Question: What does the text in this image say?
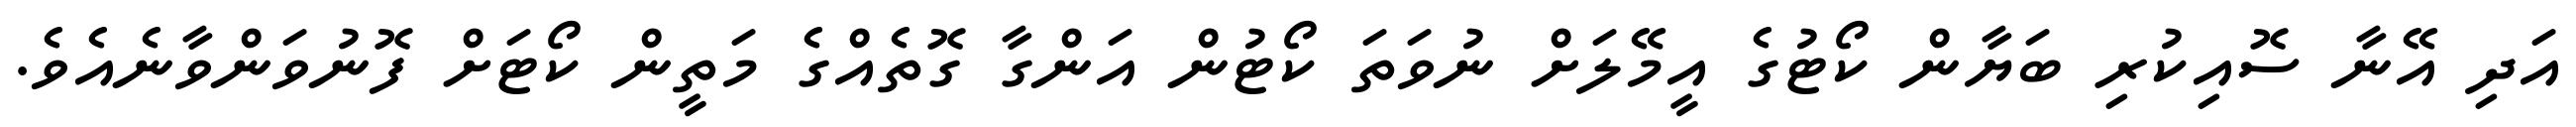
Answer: އަދި އޭނާ ސޮއިކުރި ބަޔާން ކޯޓުގެ އީމޭލަށް ނުވަތަ ކޯޓުން އަންގާ ގޮތެއްގެ މަތީން ކޯޓަށް ފޮނުވަންވާނެއެވެ.